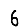
Digit: 6